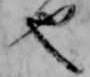
也